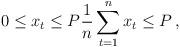
LaTeX: \begin{align*} 0 \leq x_{t} \leq P_{\,} \frac{1}{n}\sum_{t=1}^{n} x_{t} \leq P_{\,} \,,\,\end{align*}